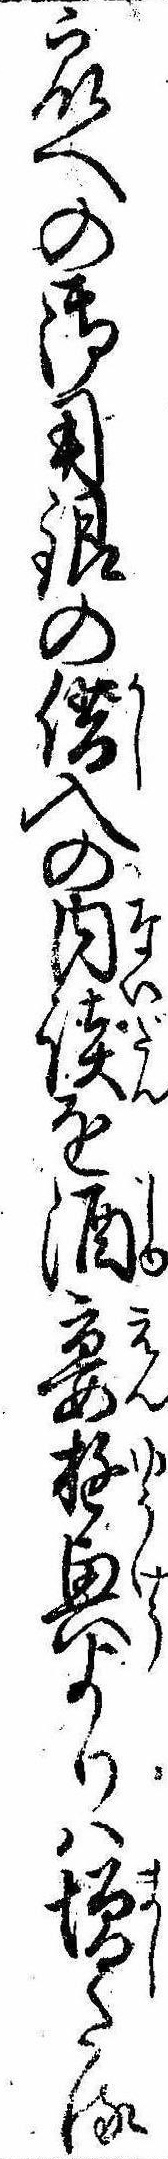
衆への御用銀の借入の内談を酒宴遊興よりは増たる